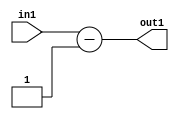
`timescale 1ps / 1ps
/*****************************************************************************
    Verilog RTL Description
    
    
    Created by: Stratus DpOpt 21.05.01 
*******************************************************************************/

module dut_Sub_3S_35_4 (
	in1,
	out1
	); /* architecture "behavioural" */ 
input [2:0] in1;
output [2:0] out1;
wire [2:0] asc001;

assign asc001 = 
	+(in1)
	-(3'B001);

assign out1 = asc001;
endmodule

/* CADENCE  urf5Sws= : u9/ySxbfrwZIxEzHVQQV8Q== ** DO NOT EDIT THIS LINE ******/